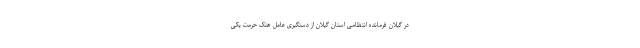
در گیلان فرمانده انتظامی استان گیلان از دستگیری عامل هتک حرمت یکی